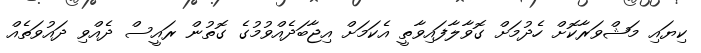
ކިޔައި މަޝްވަރާކޮށް ހެދުމަށް ގޮވާލާފައިވާތީ އެކަމަށް އިޖާބަދެއްވުމުގެ ގޮތުން ރައީސް ދެއްވި ދައުވަތެއް